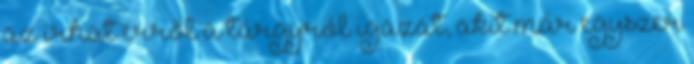
az írhat erről a tárgyról igazat, akit már egyszer